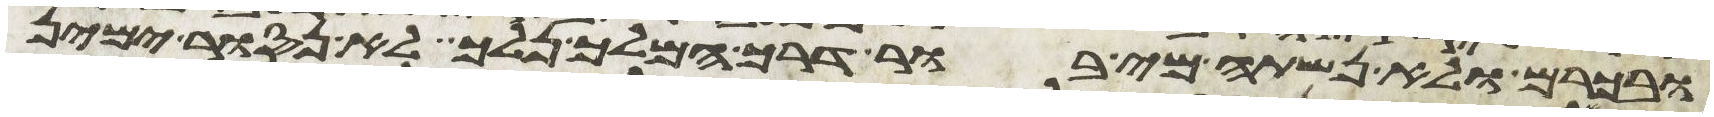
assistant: ובכרם ולא נשתה מי בור דרך המלך נלך לא נסור ימין